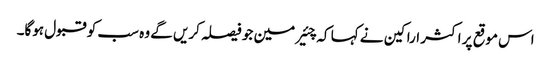
اس موقع پر اکثر اراکین نے کہا کہ چئیرمین جو فیصلہ کریں گے وہ سب کو قبول ہوگا۔